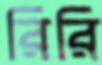
রিরি